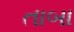
તાબા